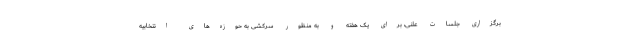
برگزاری جلسات علنی، برای یک هفته و به منظور سرکشی به حوزه‌های انتخابیه